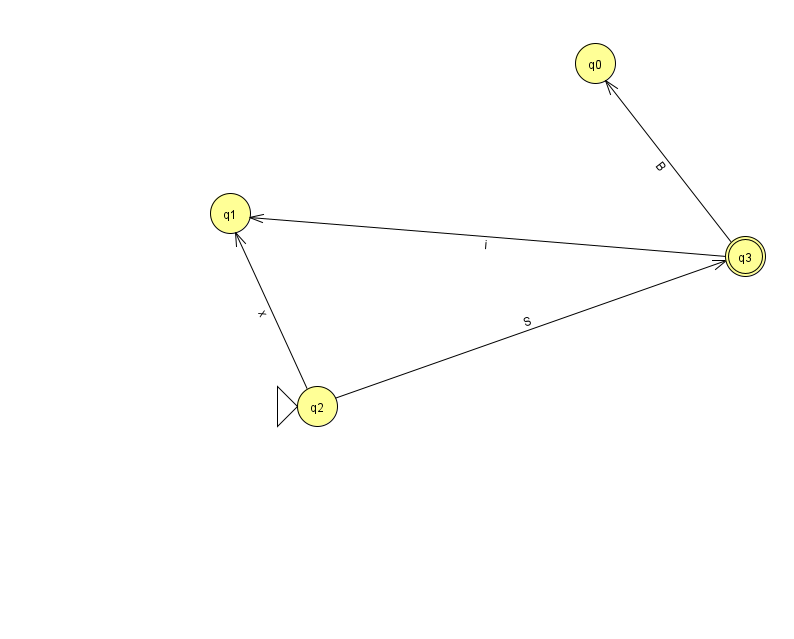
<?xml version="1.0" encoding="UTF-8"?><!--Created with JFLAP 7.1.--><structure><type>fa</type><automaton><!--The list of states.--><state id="0" name="q0"><x>595.0</x><y>50.0</y></state><state id="1" name="q1"><x>230.0</x><y>200.0</y></state><state id="2" name="q2"><x>317.0</x><y>393.0</y><initial/></state><state id="3" name="q3"><x>745.0</x><y>243.0</y><final/></state><!--The list of transitions.--><transition><from>2</from><to>1</to><read>x</read></transition><transition><from>2</from><to>3</to><read>S</read></transition><transition><from>3</from><to>0</to><read>B</read></transition><transition><from>3</from><to>1</to><read>i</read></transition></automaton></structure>